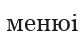
менюі